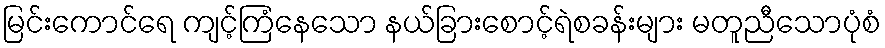
မြင်းကောင်ရေ ကျင့်ကြံနေသော နယ်ခြားစောင့်ရဲစခန်းများ မတူညီသောပုံစံ